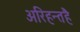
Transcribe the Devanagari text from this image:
अरिहन्तहै